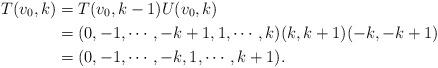
LaTeX: \begin{align*}T(v_0,k)& =T(v_0,k-1)U(v_0,k)\\&=(0, -1, \cdots, -k+1, 1,\cdots, k)(k, k+1)(-k, -k+1)\\&=(0, -1, \cdots, -k, 1,\cdots, k+1).\end{align*}